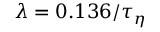
\lambda = 0 . 1 3 6 / \tau _ { \eta }